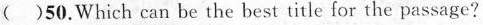
( )50.Which can be the best title for the passage?